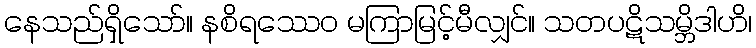
နေသည်ရှိသော်။ နစိရဿေဝ မကြာမြင့်မီလျှင်။ သတပဋိသမ္ဘိဒါဟိ၊